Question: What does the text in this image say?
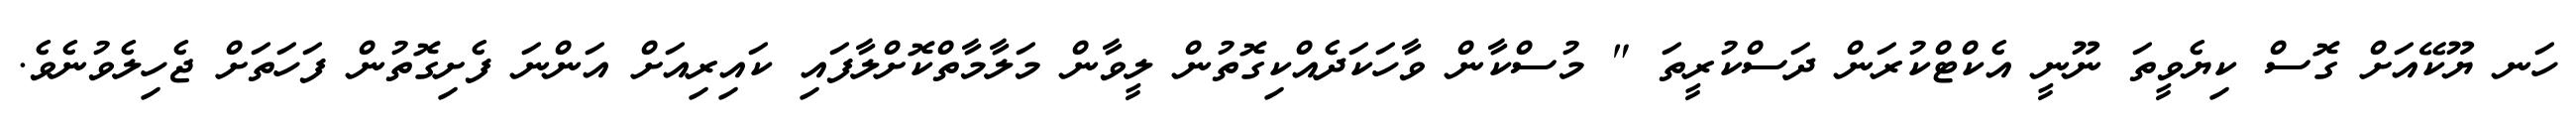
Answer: ހަނ ޔޫކޭއަށް ގޮސް ކިޔެވީތަ ނޫނީ އެކްޓްކުރަން ދަސްކުރީތަ " މުސްކާން ވާހަކަދެއްކިގޮތުން ލީވާން މަލާމާތްކޮށްލާފައި ކައިރިއަށް އަންނަ ފެށިގޮތުން ފަހަތަށް ޖެހިލެވުނެވެ.